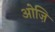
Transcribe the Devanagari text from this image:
ओज़ि